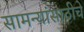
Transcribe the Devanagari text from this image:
सामन्यांसाठीचे